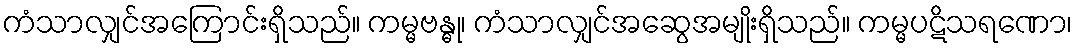
ကံသာလျှင်အကြောင်းရှိသည်။ ကမ္မဗန္ဓု၊ ကံသာလျှင်အဆွေအမျိုးရှိသည်။ ကမ္မပဋိသရဏော၊